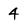
Character: 4